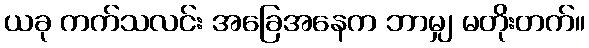
ယခု ကက်သလင်း အခြေအနေက ဘာမျှ မတိုးတက်။